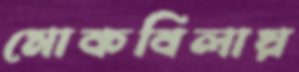
মোকবিলায়